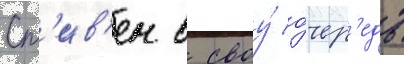
Ст'ив'ен в своу́ о́чер'едь